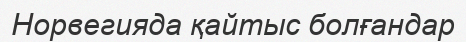
Норвегияда қайтыс болғандар